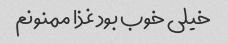
خیلی خوب بود غذا ممنونم